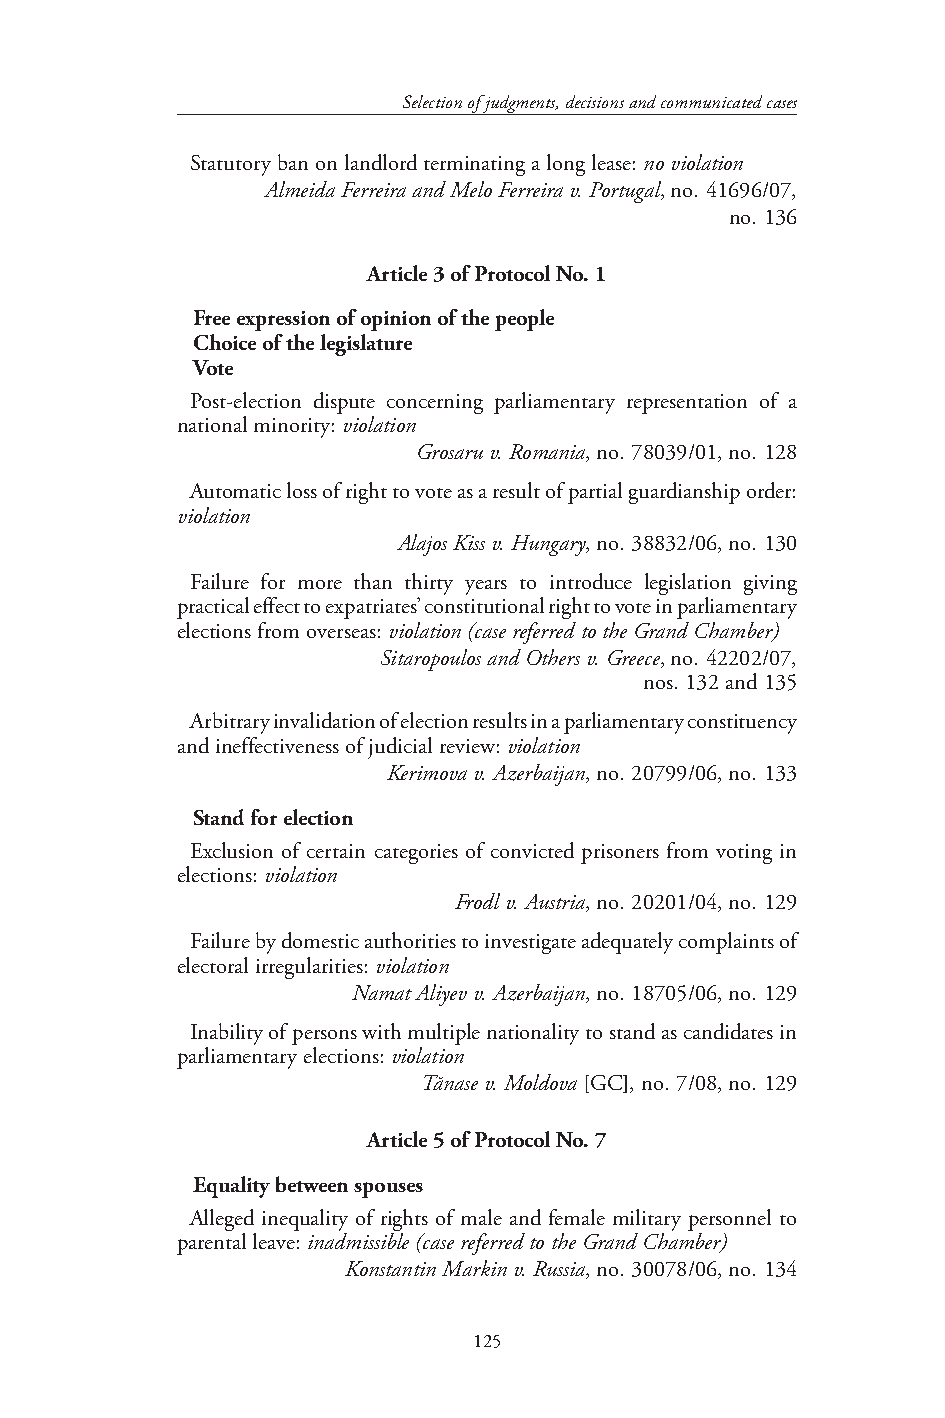
Selection of judgments, decisions and communicated cases
 Statutory ban on landlord terminating a long lease: no violation
 Almeida Ferreira and Melo Ferreira v. Portugal, no. 41696/07,
 no. 136
 Article 3 of Protocol No. 1
 Free expression of opinion of the people
 Choice of the legislature
 Vote
 Post-election dispute concerning parliamentary representation of a
 national minority: violation
 Grosaru v. Romania, no. 78039/01, no. 128
 Automatic loss of right to vote as a result of partial guardianship order:
 violation
 Alajos Kiss v. Hungary, no. 38832/06, no. 130
 Failure for more than thirty years to introduce legislation giving
 practical effect to expatriates’ constitutional right to vote in parliamentary
 elections from overseas: violation (case referred to the Grand Chamber)
 Sitaropoulos and Others v. Greece, no. 42202/07,
 nos. 132 and 135
 Arbitrary invalidation of election results in a parliamentary constituency
 and ineffectiveness of judicial review: violation
 Kerimova v. Azerbaijan, no. 20799/06, no. 133
 Stand for election
 Exclusion of certain categories of convicted prisoners from voting in
 elections: violation
 Frodl v. Austria, no. 20201/04, no. 129
 Failure by domestic authorities to investigate adequately complaints of
 electoral irregularities: violation
 Namat Aliyev v. Azerbaijan, no. 18705/06, no. 129
 Inability of persons with multiple nationality to stand as candidates in
 parliamentary elections: violation
 Tănase v. Moldova [GC], no. 7/08, no. 129
 Article 5 of Protocol No. 7
 Equality between spouses
 Alleged inequality of rights of male and female military personnel to
 parental leave: inadmissible (case referred to the Grand Chamber)
 Konstantin Markin v. Russia, no. 30078/06, no. 134
 125